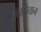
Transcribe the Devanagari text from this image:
लुलसियाना